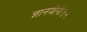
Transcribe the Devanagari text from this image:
ज्ञानयोगी१२